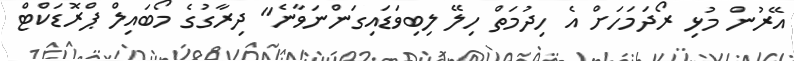
އޭރުން މުޅި ރޯދަމަހަށް އެ ހިދުމަތް ހިލޭ ލިބިވަޑައިގަންނަވާނެ" ދިރާގުގެ މޯބައިލް ޕްރޮޑަކްޓް